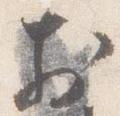
於